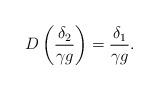
LaTeX: \begin{align*}D \left( \frac{\delta_2}{\gamma g} \right) = \frac{\delta_1}{\gamma g}.\end{align*}